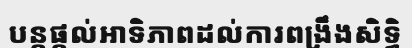
បន្តផ្តល់អាទិភាពដល់ការពង្រឹងសិទ្ធិ